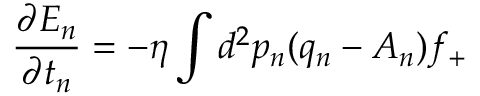
\frac { \partial E _ { n } } { \partial t _ { n } } = - \eta \int d ^ { 2 } p _ { n } ( q _ { n } - A _ { n } ) f _ { + }